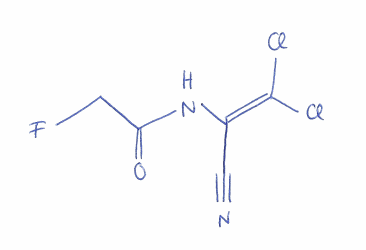
Simplified molecular-input line-entry system (SMILES) notation of the given molecule:
C(C(=O)NC(=C(Cl)Cl)C#N)F